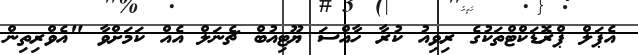
އެޕަލް ޕްރޮޑަކްޓްތަކުގެ ރިވިއު ކުރާ ހާއްސަ ޔޫޓިއުބް ޗެނަލް އެއް ކަމަށްވާ "އެވްރިތިން